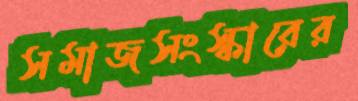
সমাজসংস্কারের